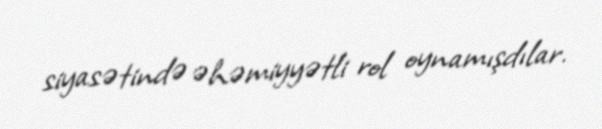
siyasətində əhəmiyyətli rol oynamışdılar.